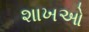
શાખઓ